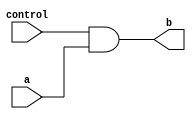
module pass_gate(input a, control, output b);
  assign b = (control & a);
endmodule